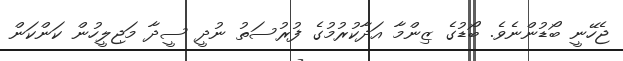
ޖެހޭނީ ބޯޑުންނެވެ. ބޯޑުގެ ޒިންމާ އަދާކުރުމުގެ ފުރުސަތު ނުދީ ސީދާ މަޖިލީހުން ކަންކަން